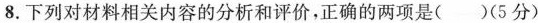
8.下列对材料相关内容的分析和评价，正确的两项是（）（5分)